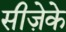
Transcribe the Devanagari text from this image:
सीज़ेके